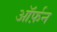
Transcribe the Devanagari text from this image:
ऑर्फ़न